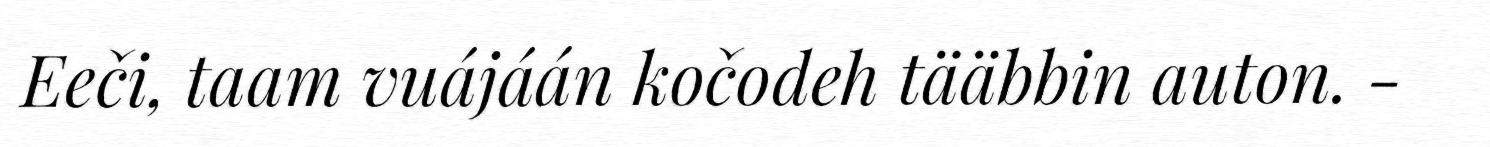
Eeči, taam vuájáán kočodeh tääbbin auton. -